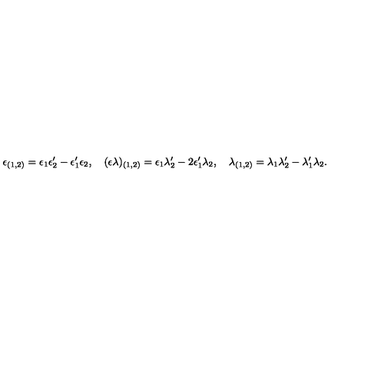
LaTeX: \epsilon _ { ( 1 , 2 ) } = \epsilon _ { 1 } \epsilon _ { 2 } ^ { \prime } - \epsilon _ { 1 } ^ { \prime } \epsilon _ { 2 } , \quad ( \epsilon \lambda ) _ { ( 1 , 2 ) } = \epsilon _ { 1 } \lambda _ { 2 } ^ { \prime } - 2 \epsilon _ { 1 } ^ { \prime } \lambda _ { 2 } , \quad \lambda _ { ( 1 , 2 ) } = \lambda _ { 1 } \lambda _ { 2 } ^ { \prime } - \lambda _ { 1 } ^ { \prime } \lambda _ { 2 } .